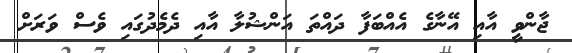
ޖާންވީ އާއި އޭނާގެ އެއްބަފާ ދައްތަ އަންޝުލާ އާއި ދެމެދުގައި ވެސް ވަރަށް